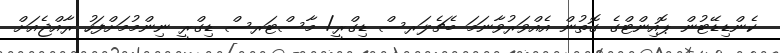
ކެންޑިޑޭޓުން ޕޮއިންޓްގެ ގޮތުން އެއްވަރުވާނަމަ ބެޗެލަރސް ޑިގްރީ/ މާސްޓަރސް ޑިގްރީ ނިންމުމަށްފަހު ރާއްޖެއަށް